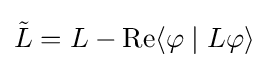
{\tilde {L}}=L-\mathrm {Re} \langle \varphi \mid L\varphi \rangle